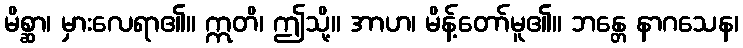
မိစ္ဆာ၊ မှားလေရာ၏။ ဣတိ၊ ဤသို့။ အာဟ၊ မိန့်တော်မူ၏။ ဘန္တေ နာဂသေန၊